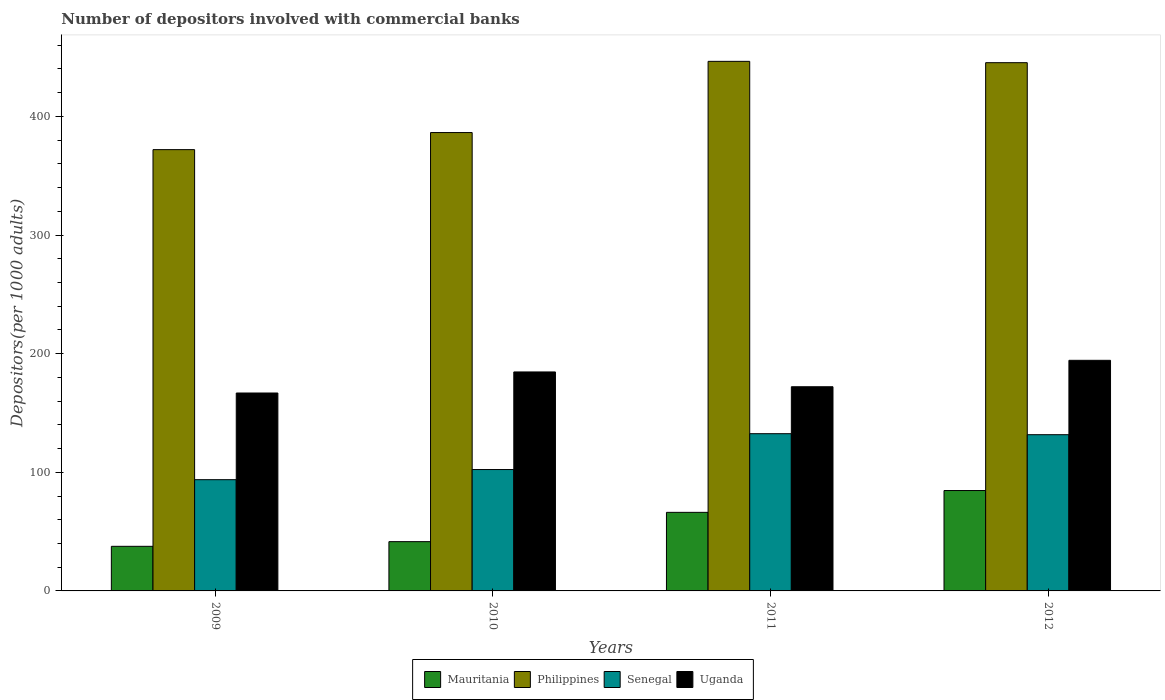
| Years | Mauritania | Philippines | Senegal | Uganda |
 | --- | --- | --- | --- | --- |
 | 2009 | 37.6 | 372 | 93.8 | 167 |
 | 2010 | 41.5 | 386 | 102 | 185 |
 | 2011 | 66.2 | 446 | 133 | 172 |
 | 2012 | 84.6 | 445 | 132 | 194 |